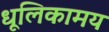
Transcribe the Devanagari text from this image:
धूलिकामय